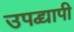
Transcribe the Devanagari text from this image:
उपद्य्वापी